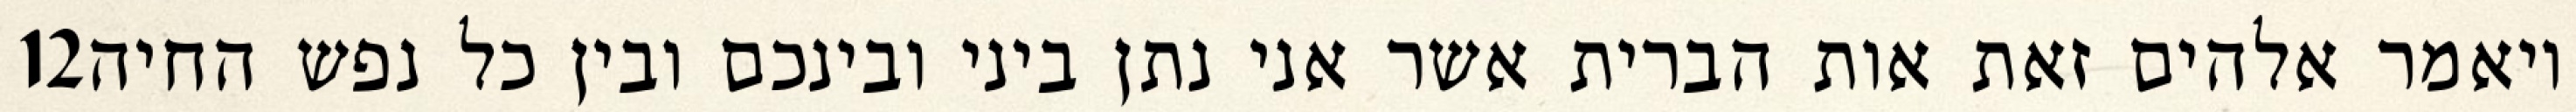
‎12‏ ויאמר אלהים זאת אות הברית אשר אני נתן ביני ובינכם ובין כל נפש החיה